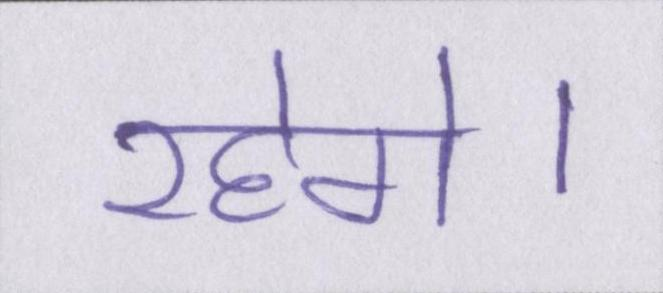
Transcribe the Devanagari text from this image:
रहेगे।